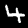
Label: 4